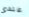
عندى